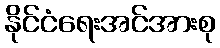
နိုင်ငံရေးအင်အားစု